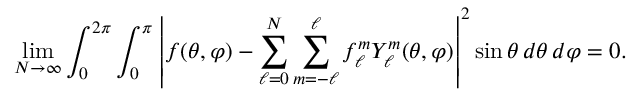
\operatorname* { l i m } _ { N \to \infty } \int _ { 0 } ^ { 2 \pi } \int _ { 0 } ^ { \pi } \left| f ( \theta , \varphi ) - \sum _ { \ell = 0 } ^ { N } \sum _ { m = - \ell } ^ { \ell } f _ { \ell } ^ { m } Y _ { \ell } ^ { m } ( \theta , \varphi ) \right| ^ { 2 } \sin \theta \, d \theta \, d \varphi = 0 .